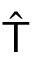
\hat { \mathsf { T } }